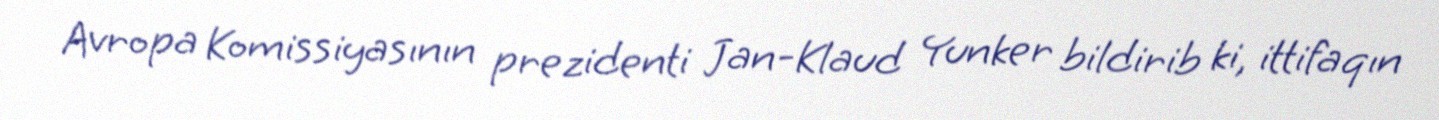
Avropa Komissiyasının prezidenti Jan-Klaud Yunker bildirib ki, ittifaqın